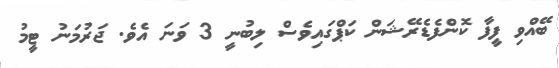
ބޭއްވި ފީފާ ކޮންފެޑެރޭޝަން ކަޕްގައިވެސް ލިބުނީ 3 ވަނަ އެވެ. ޖަރުމަނު ޓީމު